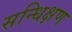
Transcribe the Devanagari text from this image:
सन्धिक्षण